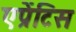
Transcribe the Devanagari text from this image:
एप्रेंटिस